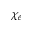
\chi _ { e }